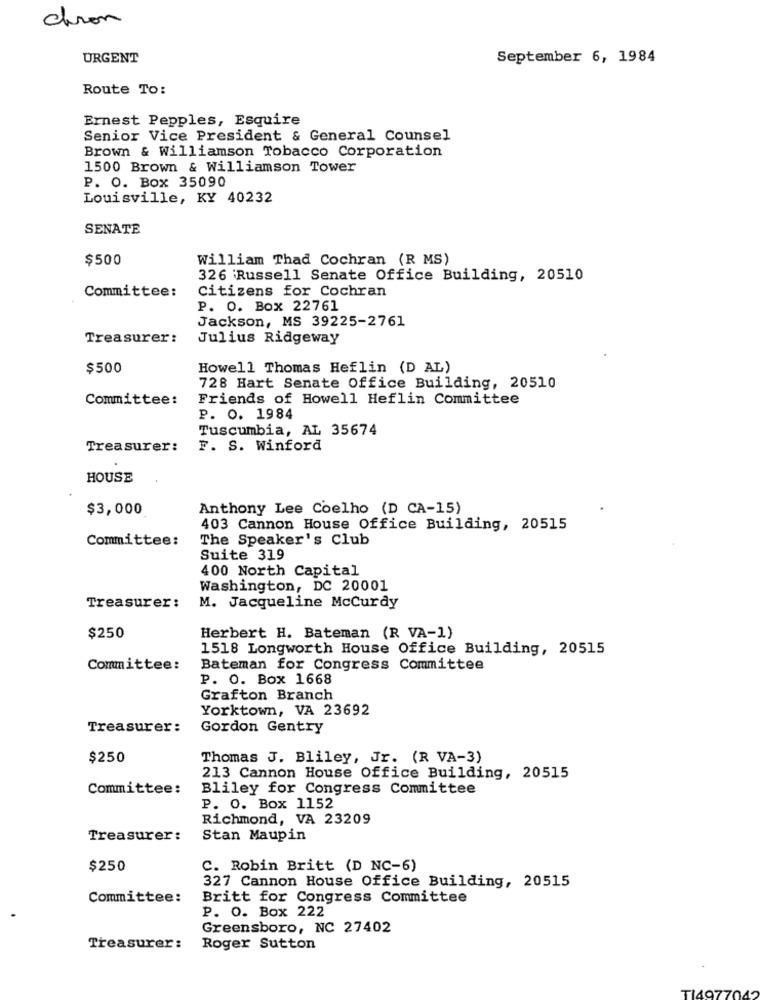
chron
URGENT
September 6, 1984
Route To:
Ernest Pepples, Esquire
Senior Vice President & General Counsel
Brown & Williamson Tobacco Corporation
1500 Brown & Williamson Tower
P. O. Box 35090
Louisville, KY 40232
SENATE
$500
William Thad Cochran (R MS)
326 'Russell Senate Office Building, 20510
Committee:
Citizens for Cochran
P. O. Box 22761
Jackson, MS 39225-2761
Treasurer:
Julius Ridgeway
$500
Howell Thomas Heflin (D AL)
728 Hart Senate Office Building, 20510
Committee:
Friends of Howell Heflin Committee
P. O. 1984
Tuscumbia, AL 35674
Treasurer:
F. S. Winford
HOUSE
$3,000
Anthony Lee Coelho (D CA-15)
403 Cannon House Office Building, 20515
Committee:
The Speaker's Club
Suite 319
400 North Capital
Washington, DC 20001
Treasurer:
M. Jacqueline Mccurdy
$250
Herbert H. Bateman (R VA-1)
1518 Longworth House Office Building, 20515
Committee:
Bateman for Congress Committee
P. O. Box 1668
Grafton Branch
Yorktown, VA 23692
Treasurer:
Gordon Gentry
$250
Thomas J. Bliley, Jr. (R VA-3)
213 Cannon House Office Building, 20515
Committee:
Bliley for Congress Committee
P. O. Box 1152
Richmond, VA 23209
Treasurer:
Stan Maupin
$250
C. Robin Britt (D NC-6)
327 Cannon House Office Building, 20515
Committee:
Britt for Congress Committee
P. O. Box 222
Greensboro, NC 27402
Treasurer:
Roger Sutton